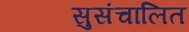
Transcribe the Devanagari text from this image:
सुसंचालित